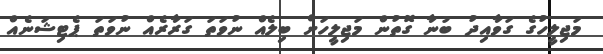
މަޖިލީހުގެ ގަވާއިދު ބުނާ ގޮތުން މަޖިލީހަށް ބިލެއް ނުވަތަ ގަރާރެއް ނުވަތަ ޕެޓިޝަނެއް